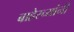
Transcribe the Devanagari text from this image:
बाहेरच्यांनी